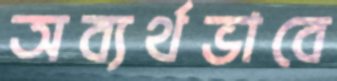
অব্যর্থভাবে